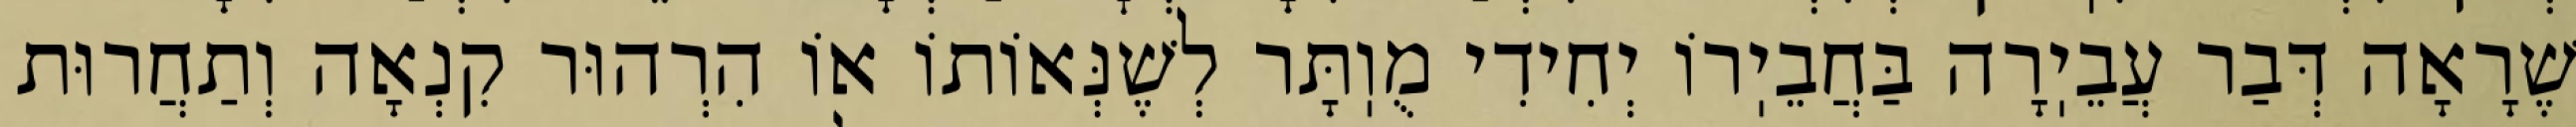
שֶׁרָאָה דְּבַר עֲבֵיֽרָה בַּחֲבֵיֽרוֹ יְחִידִי מֻוֽתָּר לְשֶׁנְּאוֹתוֹ אוֹ הִרְהוּר קִנְאָה וְתַחֲרוּת